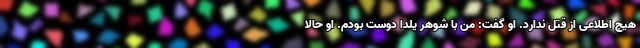
هیچ اطلاعی از قتل ندارد. او گفت: من با شوهر یلدا دوست بودم. او حالا